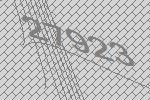
27923